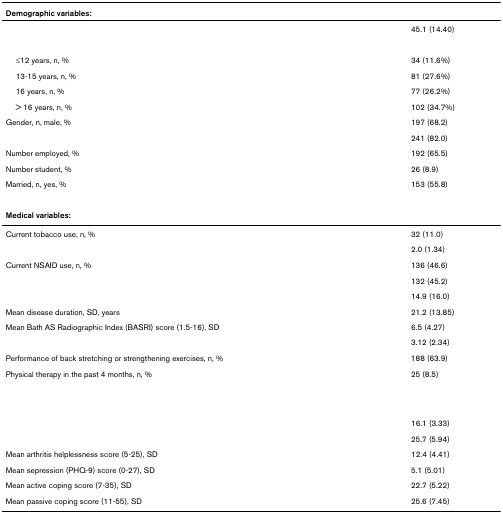
<table><thead><tr><td><b>Demographic variables:</b></td><td>[EMPTY_CELL]</td></tr></thead><tbody><tr><td>[EMPTY_CELL]</td><td>45.1 (14.40)</td></tr><tr><td>[EMPTY_CELL]</td><td>[EMPTY_CELL]</td></tr><tr><td> ≤12 years, n, %</td><td>34 (11.6%)</td></tr><tr><td> 13-15 years, n, %</td><td>81 (27.6%)</td></tr><tr><td> 16 years, n, %</td><td>77 (26.2%)</td></tr><tr><td> &gt; 16 years, n, %</td><td>102 (34.7%)</td></tr><tr><td>Gender, n, male, %</td><td>197 (68.2)</td></tr><tr><td>[EMPTY_CELL]</td><td>241 (82.0)</td></tr><tr><td>Number employed, %</td><td>192 (65.5)</td></tr><tr><td>Number student, %</td><td>26 (8.9)</td></tr><tr><td>Married, n, yes, %</td><td>153 (55.8)</td></tr><tr><td><b>Medical variables:</b></td><td>[EMPTY_CELL]</td></tr><tr><td>Current tobacco use, n, %</td><td>32 (11.0)</td></tr><tr><td>[EMPTY_CELL]</td><td>2.0 (1.34)</td></tr><tr><td>Current NSAID use, n, %</td><td>136 (46.6)</td></tr><tr><td>[EMPTY_CELL]</td><td>132 (45.2)</td></tr><tr><td>[EMPTY_CELL]</td><td>14.9 (16.0)</td></tr><tr><td>Mean disease duration, SD, years</td><td>21.2 (13.85)</td></tr><tr><td>Mean Bath AS Radiographic Index (BASRI) score (1.5-16), SD</td><td>6.5 (4.27)</td></tr><tr><td>[EMPTY_CELL]</td><td>3.12 (2.34)</td></tr><tr><td>Performance of back stretching or strengthening exercises, n, %</td><td>188 (63.9)</td></tr><tr><td>Physical therapy in the past 4 months, n, %</td><td>25 (8.5)</td></tr><tr><td>[EMPTY_CELL]</td><td>[EMPTY_CELL]</td></tr><tr><td>[EMPTY_CELL]</td><td>16.1 (3.33)</td></tr><tr><td>[EMPTY_CELL]</td><td>25.7 (5.94)</td></tr><tr><td>Mean arthritis helplessness score (5-25), SD</td><td>12.4 (4.41)</td></tr><tr><td>Mean sepression (PHQ-9) score (0-27), SD</td><td>5.1 (5.01)</td></tr><tr><td>Mean active coping score (7-35), SD</td><td>22.7 (5.22)</td></tr><tr><td>Mean passive coping score (11-55), SD</td><td>25.6 (7.45)</td></tr></tbody></table>